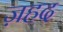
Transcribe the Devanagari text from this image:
ज़हद